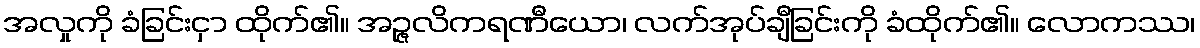
အလှုကို ခံခြင်းငှာ ထိုက်၏။ အဉ္ဇလိကရဏီယော၊ လက်အုပ်ချီခြင်းကို ခံထိုက်၏။ လောကဿ၊